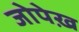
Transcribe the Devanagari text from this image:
जोपेख़